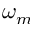
\omega _ { m }